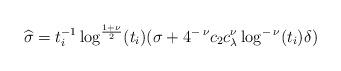
LaTeX: \begin{align*} \widehat{\sigma} = t_i^{-1} \log^{\frac{1+\nu}{2}}(t_i) (\sigma + 4^{- \: \nu} c_2 c_\lambda^\nu \log^{- \: \nu}(t_i) \delta) \end{align*}